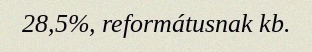
28,5%, reformátusnak kb.